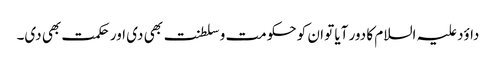
داؤد علیہ السلام کا دور آیا تو ان کو حکومت و سلطنت بھی دی اور حکمت بھی دی۔